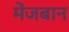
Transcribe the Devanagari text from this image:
मेंजबान